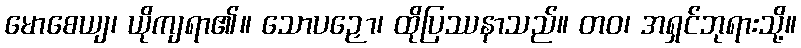
မောစေယျ၊ ယိုကျရာ၏။ သောပဉှော၊ ထိုပြဿနာသည်။ တဝ၊ အရှင်ဘုရားသို့။